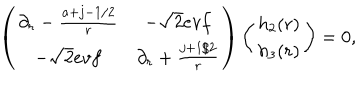
LaTeX: \left( \begin{array} { c c } { { \partial _ { r } - { \frac { a + j - 1 / 2 } { r } } } } & { { - \sqrt { 2 } e v f } } \\ { { - \sqrt { 2 } e v f } } & { { \partial _ { r } + { \frac { j + 1 / 2 } { r } } } } \\ \end{array} \right) \left( \begin{array} { c } { { h _ { 2 } ( r ) } } \\ { { h _ { 3 } ( r ) } } \\ \end{array} \right) = 0 ,